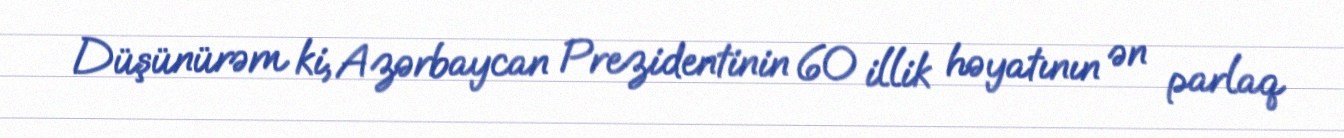
Düşünürəm ki, Azərbaycan Prezidentinin 60 illik həyatının ən parlaq